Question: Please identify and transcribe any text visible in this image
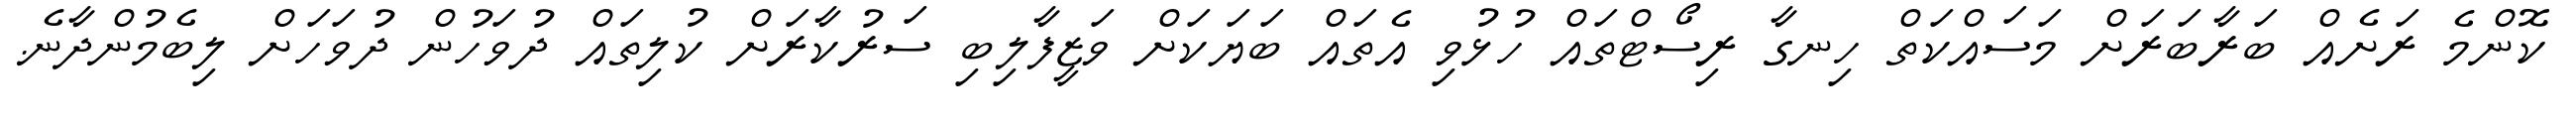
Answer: ކޮންމެ ރަށެއް ބަރާބަރަށް މަސައްކަތް ހިނގާ ރިސޯޓްތައް ހުޅުވި އެތައް ބަޔަކަށް ވަޒީފާލިބި ސަރުކާރަށް ކުލިތައް ދުވަހުން ދުވަހަށް ލިބެމުންދާނެ.